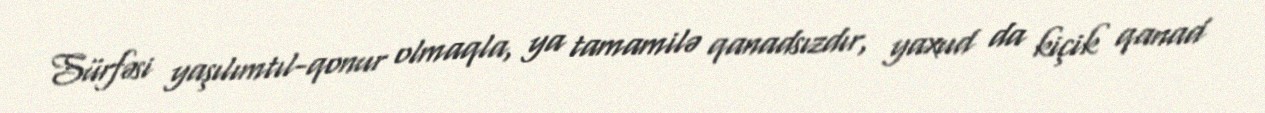
Sürfəsi yaşılımtıl-qonur olmaqla, ya tamamilə qanadsızdır, yaxud da kiçik qanad